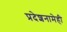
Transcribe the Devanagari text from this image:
प्रदेशनामेही